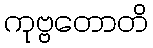
ကုဗ္ဗတောတိ